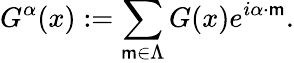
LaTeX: G^{\alpha}(x):=\sum_{\mathsf{m}\in\Lambda}G(x)e^{i\alpha\cdot\mathsf{m}}.